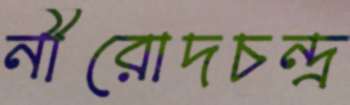
নীরোদচন্দ্র